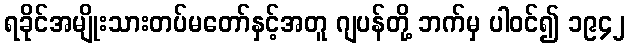
ရခိုင်အမျိုးသားတပ်မတော်နှင့်အတူ ဂျပန်တို့ ဘက်မှ ပါဝင်၍ ၁၉၄၂